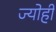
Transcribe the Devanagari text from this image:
ज्योहीं